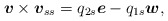
\begin{align*}\mbox{\mathversion{bold}$v$}\times \mbox{\mathversion{bold}$v$}_{ss}=q_{2s}\mbox{\mathversion{bold}$e$}-q_{1s}\mbox{\mathversion{bold}$w$},\end{align*}